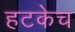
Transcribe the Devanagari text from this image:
हटकेच